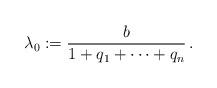
LaTeX: \begin{align*}\lambda_0:=\frac{b}{1+q_1+\cdots + q_n} \, .\end{align*}